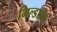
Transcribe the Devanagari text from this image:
गिल्डरॉय